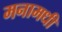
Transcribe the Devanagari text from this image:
मनामधी